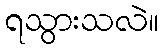
ရသွားသလဲ။